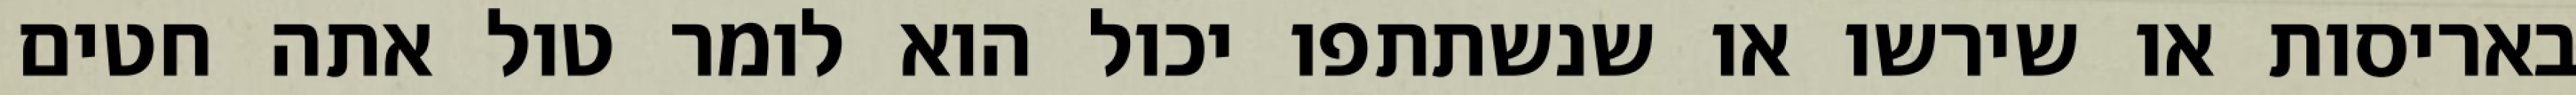
באריסות או שירשו או שנשתתפו יכול הוא לומר טול אתה חטים